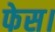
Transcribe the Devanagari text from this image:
फेस।